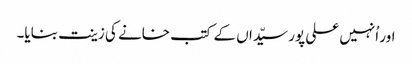
اور اُنہیں علی پور سیّداں کے کتب خانے کی زینت بنایا۔